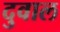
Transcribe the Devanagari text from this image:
दुवाल